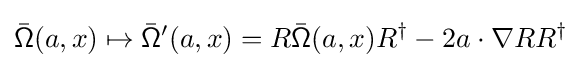
{\bar {\mathsf {\Omega }}}(a,x)\mapsto {\bar {\mathsf {\Omega }}}'(a,x)=R{\bar {\mathsf {\Omega }}}(a,x)R^{\dagger }-2a\cdot \nabla RR^{\dagger }